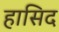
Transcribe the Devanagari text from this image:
हासिद